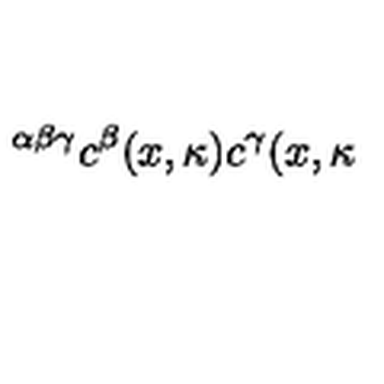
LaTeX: ^ { \alpha \beta \gamma } c ^ { \beta } ( x , \kappa ) c ^ { \gamma } ( x , \kappa